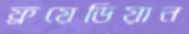
ফ্রয়েডিয়ান